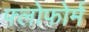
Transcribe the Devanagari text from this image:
फ्लोफोर्म